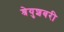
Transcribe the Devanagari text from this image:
श्रेयुशबरी